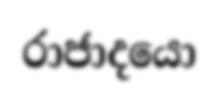
රාජාදයො